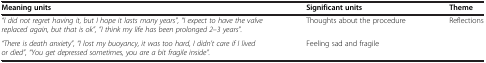
<table><thead><tr><td><b>Meaning units</b></td><td><b>Significant units</b></td><td><b>Theme</b></td></tr></thead><tbody><tr><td><i>&quot;I did not regret having it, but I hope it lasts many years&quot;, &quot;I expect to have the valve replaced again, but that is ok&quot;, &quot;I think my life has been prolonged 2–3 years&quot;.</i></td><td>Thoughts about the procedure</td><td>Reflections</td></tr><tr><td><i>&quot;There is death anxiety&quot;, &quot;I lost my buoyancy, it was too hard, I didn’t care if I lived or died&quot;, &quot;You get depressed sometimes, you are a bit fragile inside&quot;.</i></td><td>Feeling sad and fragile</td><td> </td></tr></tbody></table>